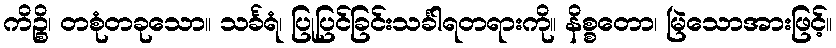
ကိဉ္စိ၊ တစုံတခုသော။ သင်္ခရံ၊ ပြုပြင်ခြင်းသင်္ခါရတရားကို။ နိစ္စတော၊ မြဲသောအားဖြင့်။